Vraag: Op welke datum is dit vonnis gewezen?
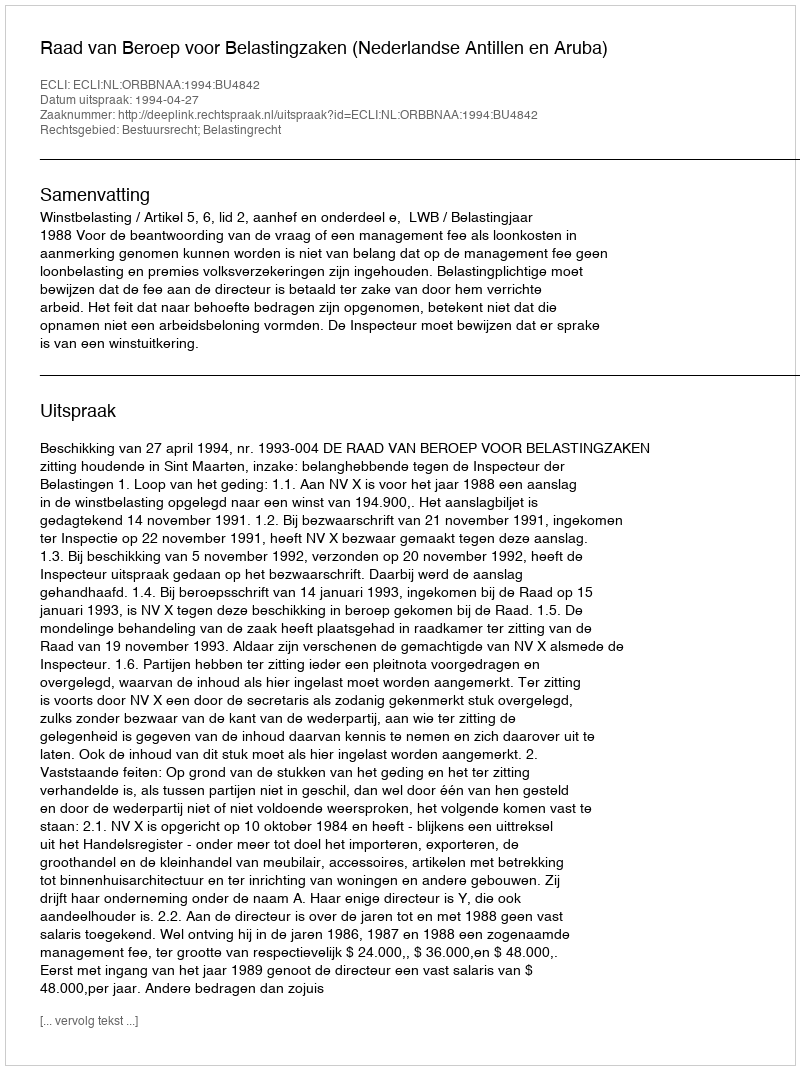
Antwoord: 1994-04-27